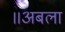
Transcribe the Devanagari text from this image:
॥अबला